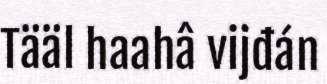
Tääl haahâ vijđán